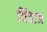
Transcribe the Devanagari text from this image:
विंडाज